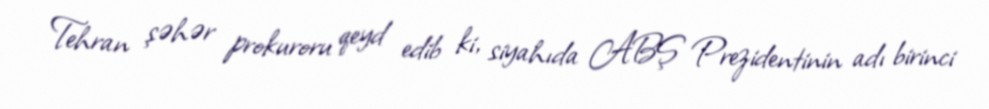
Tehran şəhər prokuroru qeyd edib ki, siyahıda ABŞ Prezidentinin adı birinci